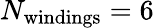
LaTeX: N_{\mathrm{windings}}=6